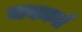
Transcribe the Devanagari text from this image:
जयकर्त